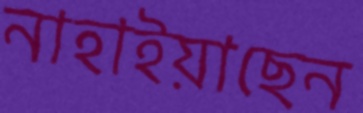
নাহাইয়াছেন